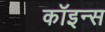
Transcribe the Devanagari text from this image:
कॉइन्स